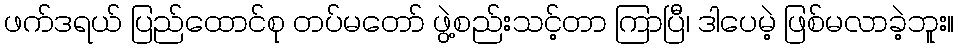
ဖက်ဒရယ် ပြည်ထောင်စု တပ်မတော် ဖွဲ့စည်းသင့်တာ ကြာပြီ၊ ဒါပေမဲ့ ဖြစ်မလာခဲ့ဘူး။